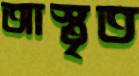
আস্তৃত